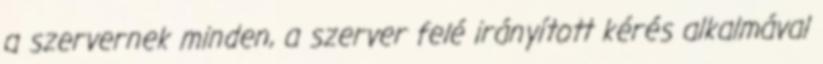
a szervernek minden, a szerver felé irányított kérés alkalmával